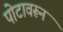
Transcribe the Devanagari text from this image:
पोटावरून